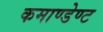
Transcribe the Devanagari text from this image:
कमाण्डेण्ट